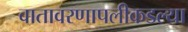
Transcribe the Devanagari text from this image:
वातावरणापलीकडल्या